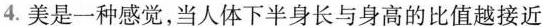
4.美是一种感觉，当人体下半身长与身高的比值越接近